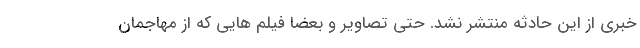
خبری از این حادثه منتشر نشد. حتی تصاویر و بعضا فیلم هایی که از مهاجمان